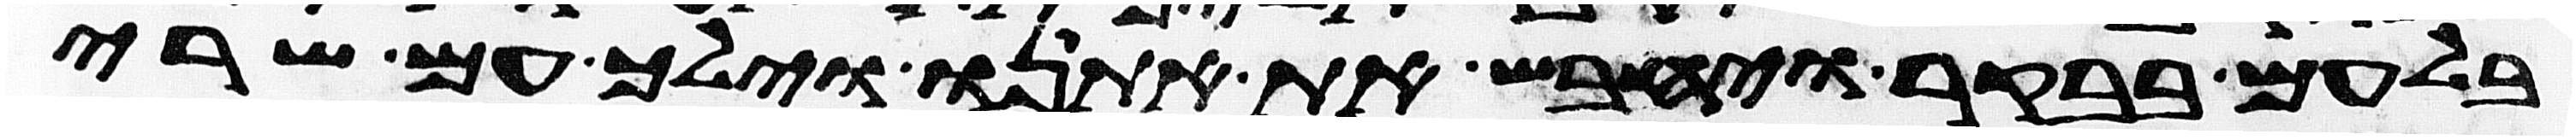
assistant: בלעם בבקר ויחבש את אתנו וילך עם שרי